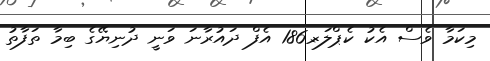
މިކަމާ ވެސް އެކު ކެޕްލަރ-186 އެފް ދައުރާނަ ވަނީ ދުނިޔޭގެ ބިމާ ތަފާތު